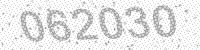
Solution: 062030